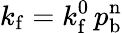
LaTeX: k_{\mathrm{f}}=k_{\mathrm{f}}^{0}\, p_{\mathrm{b}}^{\mathrm{n}}